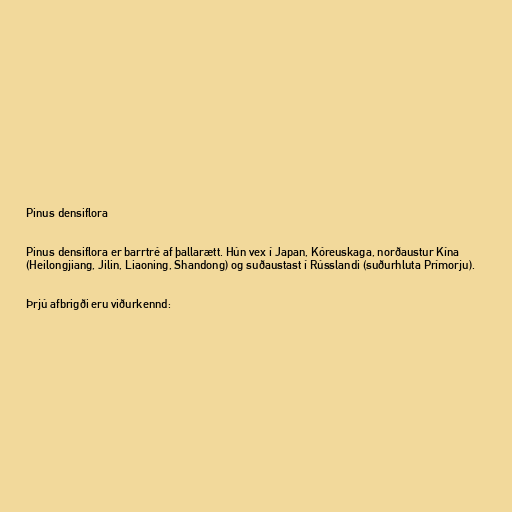
Pinus densiflora

Pinus densiflora er barrtré af þallarætt. Hún vex í Japan, Kóreuskaga, norðaustur Kína
(Heilongjiang, Jilin, Liaoning, Shandong) og suðaustast í Rússlandi (suðurhluta Prímorju).

Þrjú afbrigði eru viðurkennd: